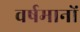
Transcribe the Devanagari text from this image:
वर्षमानों